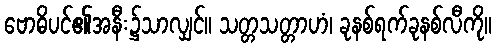
ဗောဓိပင်၏အနီး၌သာလျှင်။ သတ္တသတ္တာဟံ၊ ခုနစ်ရက်ခုနစ်လီကို။